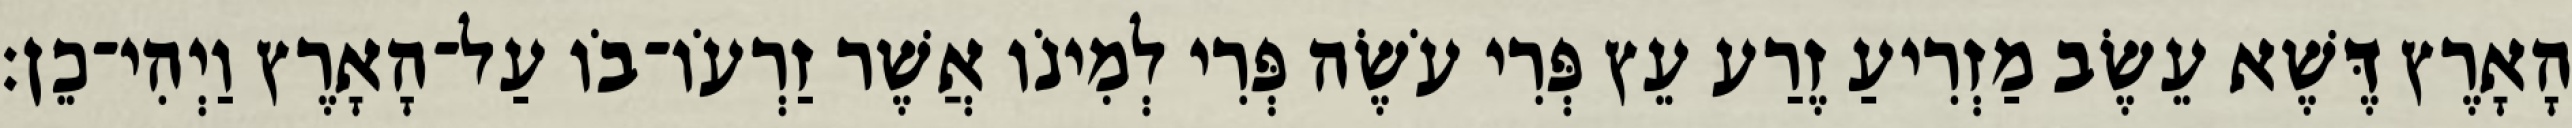
הָאָרֶץ דֶּשֶׁא עֵשֶׂב מַזְרִיעַ זֶרַע עֵץ פְּרִי עֹשֶׂה פְּרִי לְמִינֹו אֲשֶׁר זַרְעֹו־בֹו עַל־הָאָרֶץ וַיְהִי־כֵן׃